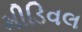
મીડિવલ